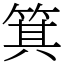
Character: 箕